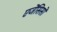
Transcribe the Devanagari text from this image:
एजेंसिसों